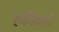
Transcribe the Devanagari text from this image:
हकीकतों